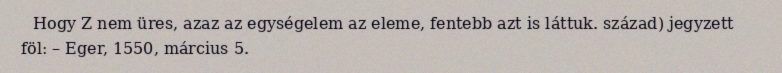
Hogy Z nem üres, azaz az egységelem az eleme, fentebb azt is láttuk. század) jegyzett föl: – Eger, 1550, március 5.